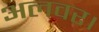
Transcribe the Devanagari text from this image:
अलवर।